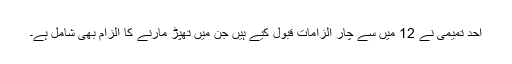
احد تمیمی نے 12 میں سے چار الزامات قبول کیے ہیں جن میں تھپڑ مارنے کا الزام بھی شامل ہے۔